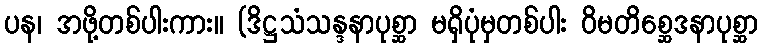
ပန၊ အဖို့တစ်ပါးကား။ (ဒိဋ္ဌသံသန္ဒနာပုစ္ဆာ မရှိပုံမှတစ်ပါး ဝိမတိစ္ဆေဒနာပုစ္ဆာ